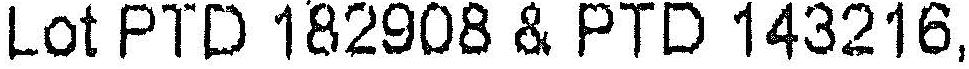
LOT PTD 182908 & PTD 143216,